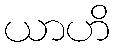
ယာဟိ